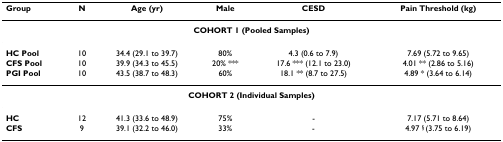
<table><thead><tr><td><b>Group</b></td><td><b>N</b></td><td><b>Age (yr)</b></td><td><b>Male</b></td><td><b>CESD</b></td><td><b>Pain Threshold (kg)</b></td></tr></thead><tbody><tr><td colspan="6"><b>COHORT 1 (Pooled Samples)</b></td></tr><tr><td><b>HC Pool</b></td><td>10</td><td>34.4 (29.1 to 39.7)</td><td>80%</td><td>4.3 (0.6 to 7.9)</td><td>7.69 (5.72 to 9.65)</td></tr><tr><td><b>CFS Pool</b></td><td>10</td><td>39.9 (34.3 to 45.5)</td><td>20% ***</td><td>17.6 *** (12.1 to 23.0)</td><td>4.01 ** (2.86 to 5.16)</td></tr><tr><td><b>PGI Pool</b></td><td>10</td><td>43.5 (38.7 to 48.3)</td><td>60%</td><td>18.1 ** (8.7 to 27.5)</td><td>4.89 * (3.64 to 6.14)</td></tr><tr><td colspan="6"><b>COHORT 2 (Individual Samples)</b></td></tr><tr><td><b>HC</b></td><td>12</td><td>41.3 (33.6 to 48.9)</td><td>75%</td><td>-</td><td>7.17 (5.71 to 8.64)</td></tr><tr><td><b>CFS</b></td><td>9</td><td>39.1 (32.2 to 46.0)</td><td>33%</td><td>-</td><td>4.97 <sup>§ </sup>(3.75 to 6.19)</td></tr></tbody></table>